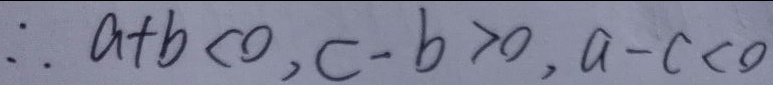
\therefore a + b < 0 , c - b > 0 , a - c < 0